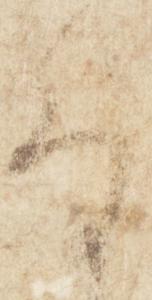
な